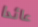
عائدا